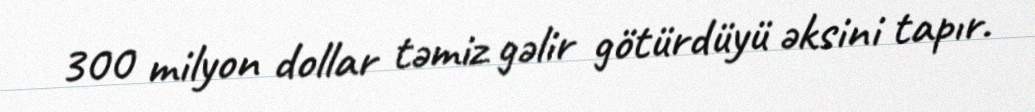
300 milyon dollar təmiz gəlir götürdüyü əksini tapır.